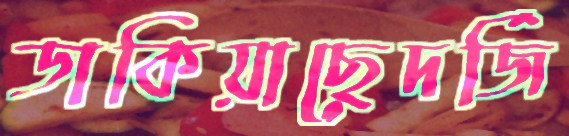
ডাকিয়াছেদর্জি